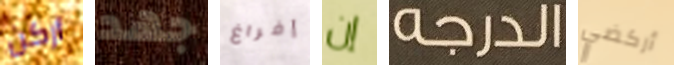
أركن جهد إفراغ إن الدرجه أركضي